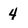
Character: 4